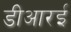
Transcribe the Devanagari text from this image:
डीआरई